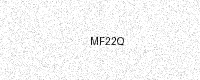
Text: MF22Q